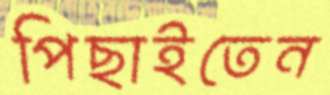
পিছাইতেন